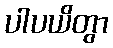
ပါပယိတွာ